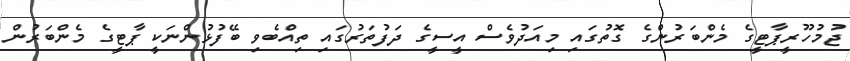
ޖުމުހޫރީޕާޓީގެ މެންބަރުންގެ ގޮތުގައި މިއަދުވެސް އީސީގެ ދަފުތަރުގައި ތިއްބެވި ބޭފުޅުންނަކީ ޕާޓީގެ މެންބަރުން